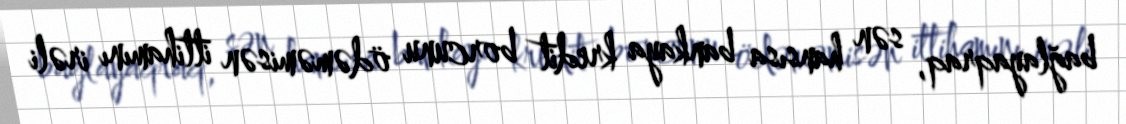
bağlayaqraq, sən hansısa bankaya kredit borcunu ödəməmisən ittihamını irəli